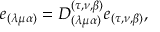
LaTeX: e _ { ( \lambda \mu \alpha ) } = D _ { ( \lambda \mu \alpha ) } ^ { ( \tau , \nu , \beta ) } e _ { ( \tau , \nu , \beta ) } ,